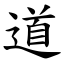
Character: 道